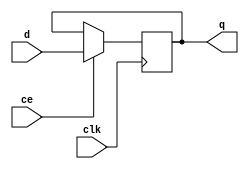
`timescale 1ns / 1ps
//////////////////////////////////////////////////////////////////////////////////
// Company: 
// Engineer: 
// 
// Design Name: 
// Module Name:    fdce 
// Project Name: 
// Target Devices: 
// Tool versions: 
// Description: 
//
// Dependencies: 
//
// Revision: 
// Revision 0.01 - File Created
// Additional Comments: 
//
//////////////////////////////////////////////////////////////////////////////////
module fdce(q,clk,ce,d);
    input d,clk,ce;
    output reg q;
initial begin q=0; end
always @ (posedge (clk)) begin
 if (ce)
  q <= d;
 else 
 q<= q ;
end
endmodule